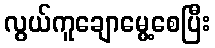
လွယ်ကူချောမွေ့စေပြီး